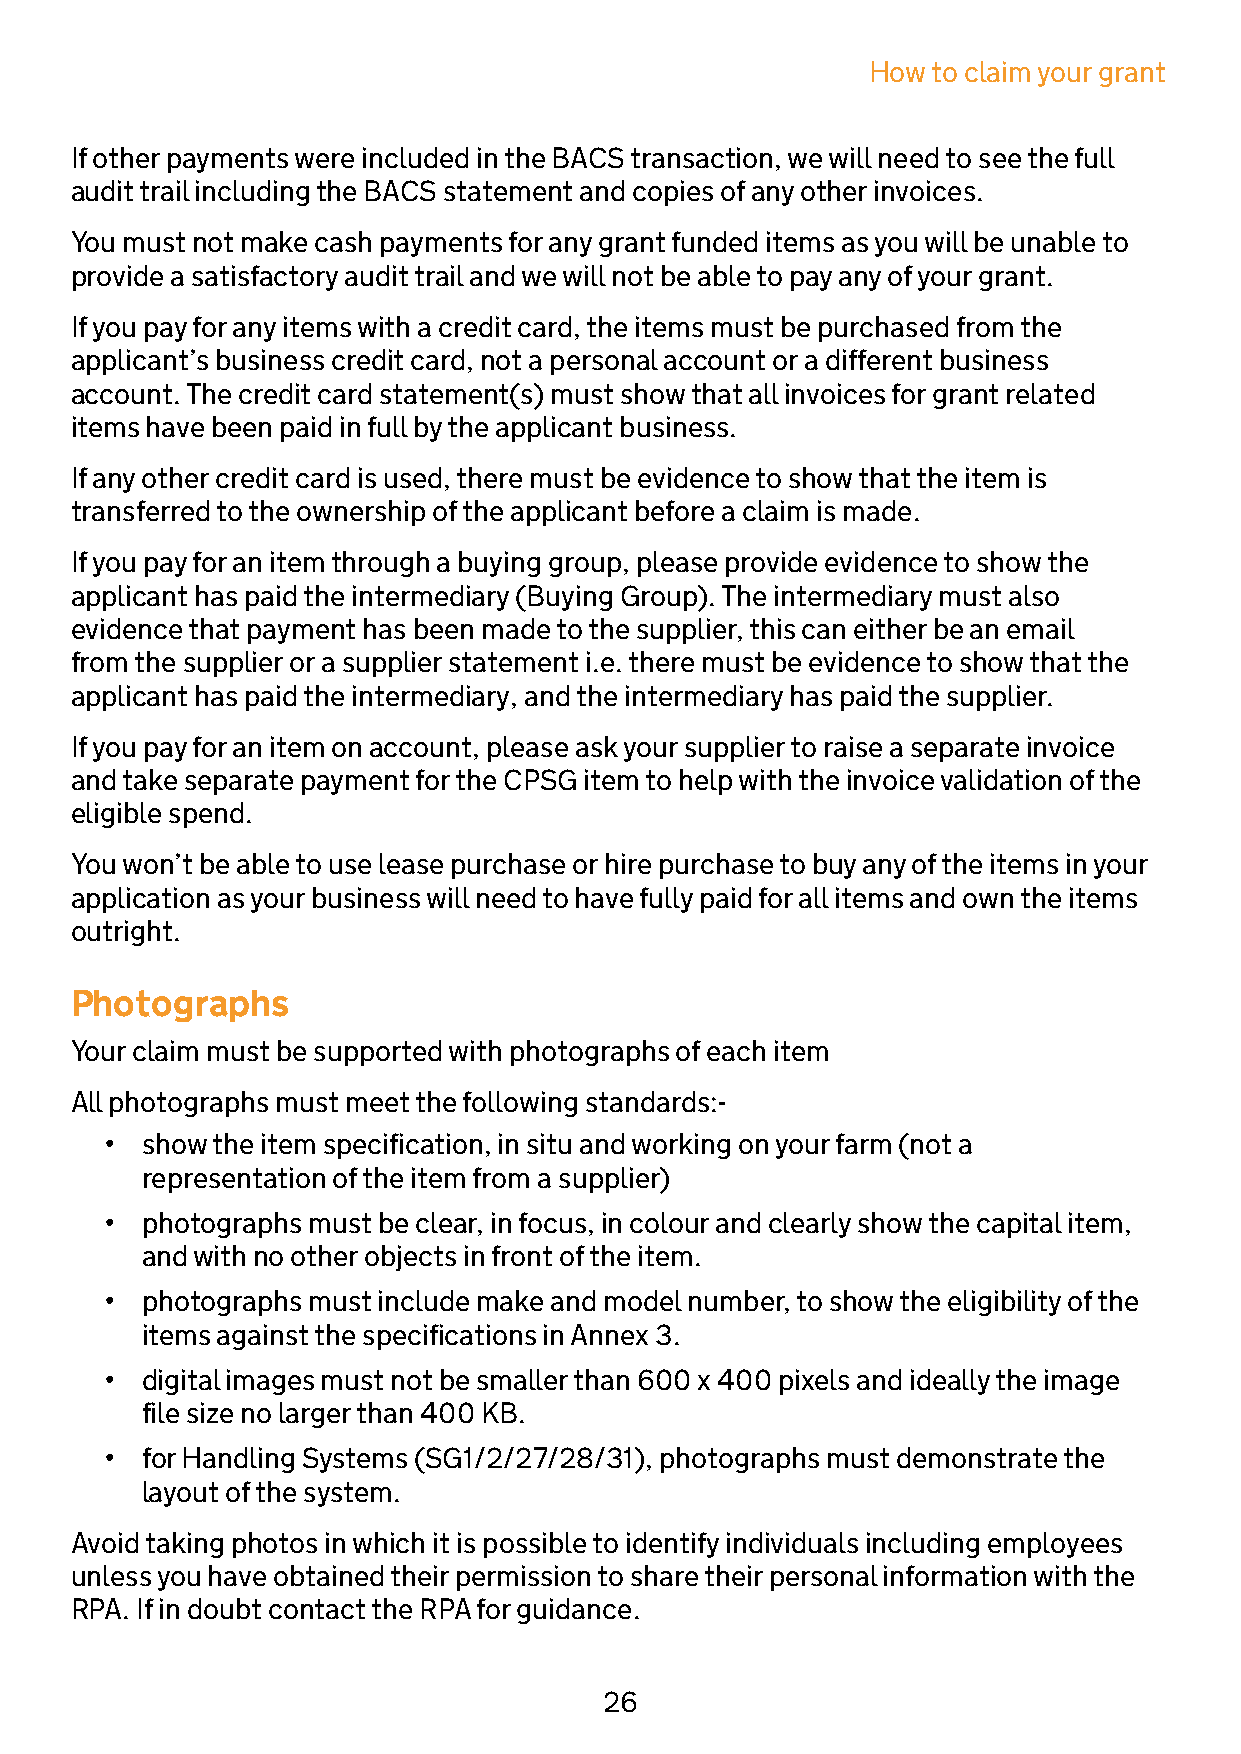
How  to claim your grant
 If other payments were included in the BACS transaction, we will need to see the full
 audit trail including the BACS statement and copies of any other invoices.
 You must not make cash payments for any grant funded items as you will be unable to
 provide a satisfactory audit trail and we will not be able to pay any of your grant.
 If you pay for any items with a credit card, the items must be purchased from the
 applicant’s business credit card, not a personal account or a different business
 account. The credit card statement(s) must show that all invoices for grant related
 items have been paid in full by the applicant business.
 If any other credit card is used, there must be evidence to show that the item is
 transferred to the ownership of the applicant before a claim is made.
 If you pay for an item through a buying group, please provide evidence to show the
 applicant has paid the intermediary (Buying Group). The intermediary must also
 evidence that payment has been made to the supplier, this can either be an email
 from the supplier or a supplier statement i.e. there must be evidence to show that the
 applicant has paid the intermediary, and the intermediary has paid the supplier.
 If you pay for an item on account, please ask your supplier to raise a separate invoice
 and take separate payment for the CPSG item to help with the invoice validation of the
 eligible spend.
 You won’t be able to use lease purchase or hire purchase to buy any of the items in your
 application as your business will need to have fully paid for all items and own the items
 outright.
 Photographs
 Your claim must be supported with photographs of each item
 All photographs must meet the following standards:-
 • show the item specification, in situ and working on your farm (not a
 representation of the item from a supplier)
 • photographs must be clear, in focus, in colour and clearly show the capital item,
 and with no other objects in front of the item.
 • photographs must include make and model number, to show the eligibility of the
 items against the specifications in Annex 3.
 • digital images must not be smaller than 600 x 400 pixels and ideally the image
 file size no larger than 400 KB.
 • for Handling Systems (SG1/2/27/28/31), photographs must demonstrate the
 layout of the system.
 Avoid taking photos in which it is possible to identify individuals including employees
 unless you have obtained their permission to share their personal information with the
 RPA. If in doubt contact the RPA for guidance.
 26